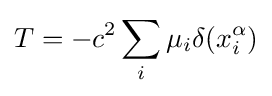
T=-c^{2}\sum _{i}\mu _{i}\delta (x_{i}^{\alpha })